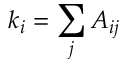
k _ { i } = \sum _ { j } A _ { i j }